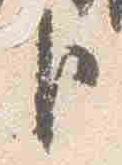
臣